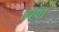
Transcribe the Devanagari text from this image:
एस्पा